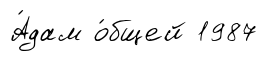
А́дам о́бщей 1987